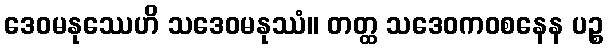
ဒေဝမနုဿေဟိ သဒေဝမနုဿံ။ တတ္ထ သဒေဝကဝစနေန ပဉ္စ